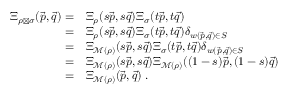
\begin{array} { r l } { \Xi _ { \rho \boxtimes \sigma } ( \vec { p } , \vec { q } ) = } & { \Xi _ { \rho } ( s \vec { p } , s \vec { q } ) \Xi _ { \sigma } ( t \vec { p } , t \vec { q } ) } \\ { = } & { \Xi _ { \rho } ( s \vec { p } , s \vec { q } ) \Xi _ { \sigma } ( t \vec { p } , t \vec { q } ) \delta _ { w ( \vec { p } , \vec { q } ) \in S } } \\ { = } & { \Xi _ { \mathcal M ( \rho ) } ( s \vec { p } , s \vec { q } ) \Xi _ { \sigma } ( t \vec { p } , t \vec { q } ) \delta _ { w ( \vec { p } , \vec { q } ) \in S } } \\ { = } & { \Xi _ { \mathcal M ( \rho ) } ( s \vec { p } , s \vec { q } ) \Xi _ { \mathcal M ( \rho ) } ( ( 1 - s ) \vec { p } , ( 1 - s ) \vec { q } ) } \\ { = } & { \Xi _ { \mathcal M ( \rho ) } ( \vec { p } , \vec { q } ) \; . } \end{array}